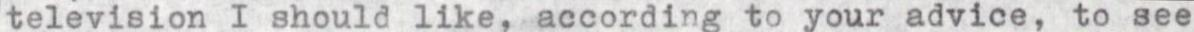
television I should like, according to your advice, to see